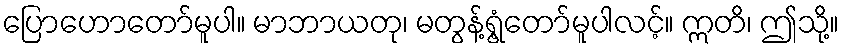
ပြောဟောတော်မူပါ။ မာဘာယတု၊ မတွန့်ရွံ့တော်မူပါလင့်။ ဣတိ၊ ဤသို့။